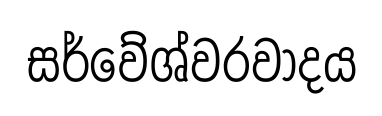
සර්වේශ්වරවාදය